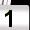
Digit: 1